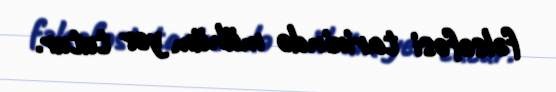
fəlsəfəsi tarixində mühüm yer tutur.